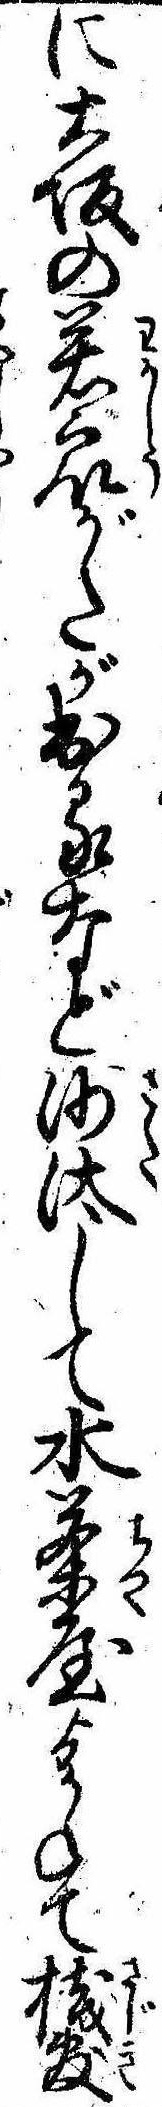
に大坂の若衆がたが出るなど沙汰して水茶屋ゟかねて桟敷